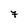
Character: 7